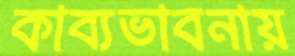
কাব্যভাবনায়